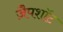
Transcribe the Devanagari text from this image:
ज़ैपशॉट